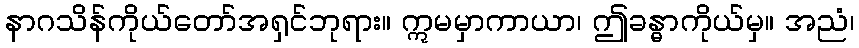
နာဂသိန်ကိုယ်တော်အရှင်ဘုရား။ ဣမမှာကာယာ၊ ဤခန္ဓာကိုယ်မှ။ အညံ၊